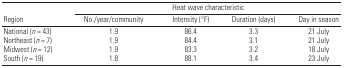
<table><thead><tr><td>[EMPTY_CELL]</td><td colspan="4"><b>Heat wave characteristic</b></td></tr><tr><td><b>Region</b></td><td><b>No./year/community</b></td><td><b>Intensity (°F)</b></td><td><b>Duration (days)</b></td><td><b>Day in season</b></td></tr></thead><tbody><tr><td>National (<i>n</i> = 43)</td><td>1.9</td><td>86.4</td><td>3.3</td><td>21 July</td></tr><tr><td>Northeast (<i>n</i> = 7)</td><td>1.9</td><td>84.4</td><td>3.1</td><td>21 July</td></tr><tr><td>Midwest (<i>n</i> = 12)</td><td>1.9</td><td>83.3</td><td>3.2</td><td>18 July</td></tr><tr><td>South (<i>n</i> = 19)</td><td>1.8</td><td>88.1</td><td>3.4</td><td>23 July</td></tr></tbody></table>